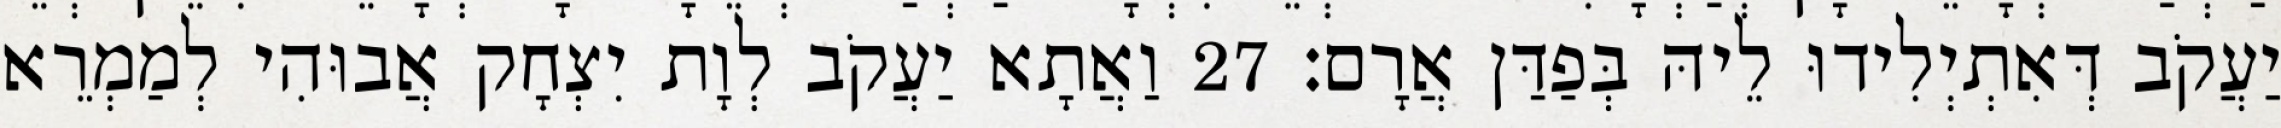
יַעֲקֹב דְּאִתְיְלִידוּ לֵיהּ בְּפַדַּן אֲרָם׃ 27 וַאֲתָא יַעֲקֹב לְוָת יִצְחָק אֲבוּהִי לְמַמְרֵא